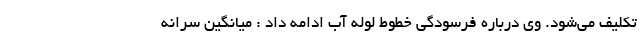
تکلیف می‌شود. وی درباره فرسودگی خطوط لوله آب ادامه داد : میانگین سرانه